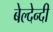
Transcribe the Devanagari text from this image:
बेल्देन्दी